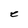
Character: e